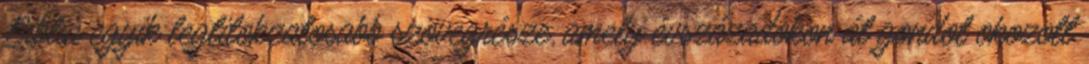
Biblia egyik legtitokzatosabb szövegrésze, amely évszázadokon át gondot okozott